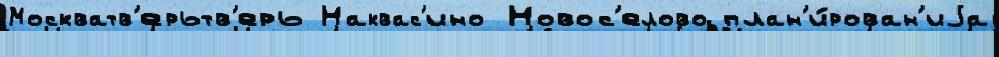
Москватв'ерьтв'ерь Наквас'ино Новос'елово план'и́рован'иjа